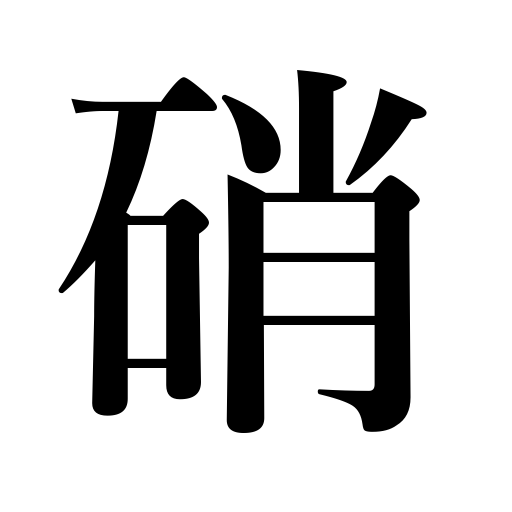
Meanings: saltpeter